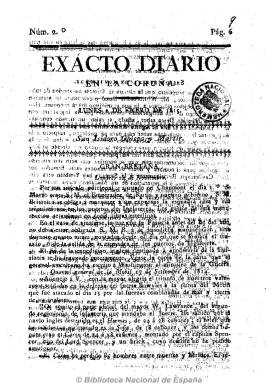
Título: Exacto diario en La Coruña
Colección: Periódicos anteriores a 1850
Ámbito geográfico: La Coruña
Lugar de publicación: La Coruña
Fechas: 02/01/1815-02/01/1815

Es continuación del absolutista Diario exacto de España en La Coruña, comenzando su numeración el uno de enero de 1815. Ya no aparece el grabado de la Torre de Hércules en su cabecera, y cada número, de cuatro páginas cada uno y foliación seguida, comienza con el santoral, para a continuación incluir artículos de oficio y comunicados y noticias de España y del extranjero. Es, asimismo, estampado “con licencia” del Capitán General en su propia imprenta, la Oficina del Exacto. Su editor será ahora el presbítero Antonio García. Como el resto de la prensa española que no había sido proscrita por el decreto de Fernando VII del cuatro de mayo de 1814, sucumbirá por el decreto que el monarca promulga el dos de mayo de 1815 prohibiendo todos los periódicos, a excepción de la Gaceta de Madrid y Diario de Madrid, probablemente el día 22 del mismo mes.